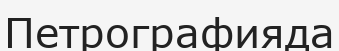
Петрографияда